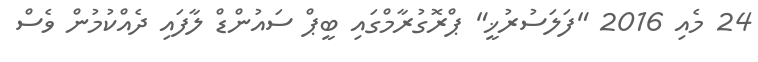
24 މެއި 2016 "ފަލަސުރުޚީ" ޕްރޮގުރާމްގައި ބީޕް ސައުންޑް ލާފައި ދެއްކުމުން ވެސް